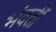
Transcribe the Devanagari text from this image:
भंवतीं